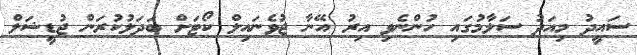
ސައީދު މިއަދު ސަލާމުގައި ހުންނެވި އިރު އޭނާ ޖުވެނައިލް ކޯޓަށް ބަދަލުކުރަން ޖުޑީޝަލް